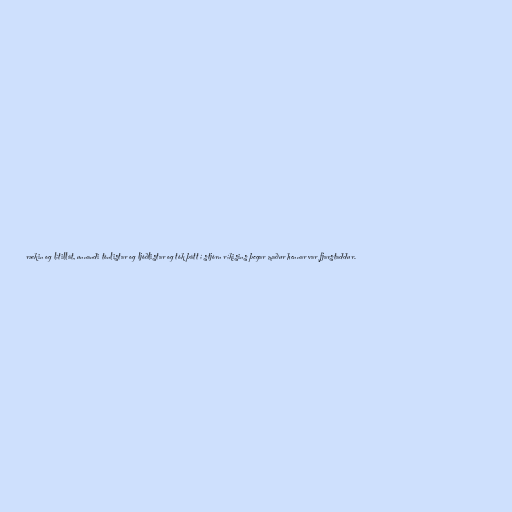
rækin og lítillát, unnandi tónlistar og ljóðlistar og tók þátt í stjórn ríkisins þegar maður hennar var fjarstaddur.